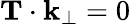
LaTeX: {\mathbf T}\cdot{\mathbf k}_{\perp}=0